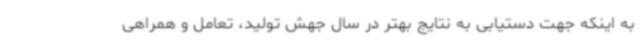
به اینکه جهت دستیابی به نتایج بهتر در سال جهش تولید، تعامل و همراهی